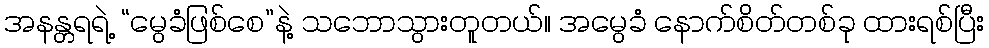
အနန္တရရဲ့ “မွေခံဖြစ်စေ”နဲ့ သဘောသွားတူတယ်။ အမွေခံ နောက်စိတ်တစ်ခု ထားရစ်ပြီး